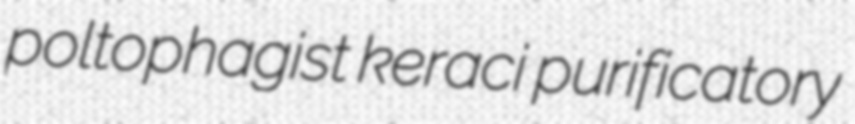
poltophagist keraci purificatory